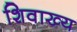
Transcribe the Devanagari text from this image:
शिवाख्य